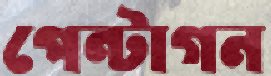
পেন্টাগন